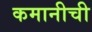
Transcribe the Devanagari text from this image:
कमानीची